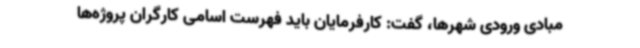
مبادی ورودی شهرها، گفت: کارفرمایان باید فهرست اسامی کارگران پروژه‌ها